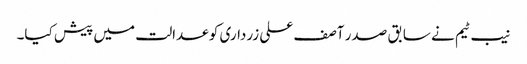
نیب ٹیم نے سابق صدر آصف علی زرداری کو عدالت میں پیش کیا۔